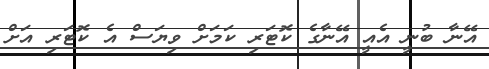
އޭނާ ބުނީ އެއީ އޭނާގެ ކޮޓަރި ކަމަށް ވިޔަސް އެ ކޮޓަރި އަށް